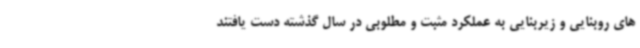
های روبنایی و زیربنایی به عملکرد مثبت و مطلوبی در سال گذشته دست یافتند